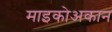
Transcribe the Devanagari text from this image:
माइकोअकान